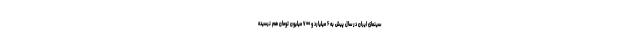
سینمای ایران در سال پیش به ۶ میلیارد و ۷۰۰ میلیون تومان هم نرسیده